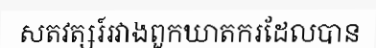
សតវត្សរ៍រវាងពួកឃាតករដែលបាន